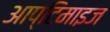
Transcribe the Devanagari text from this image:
आप्टिमाइज